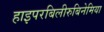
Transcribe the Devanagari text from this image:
हाइपरबिलीरुबिनेमिया